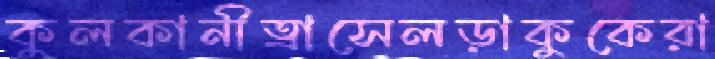
কুলকানীত্রাসেলড়াকুকেরা